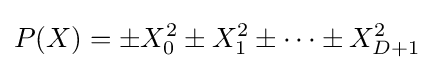
P(X)=\pm X_{0}^{2}\pm X_{1}^{2}\pm \cdots \pm X_{D+1}^{2}